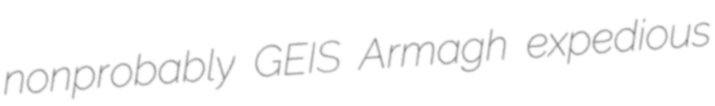
nonprobably GEIS Armagh expedious